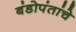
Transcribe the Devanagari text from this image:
बंडोपंतांचे